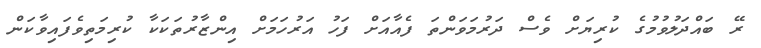
ރޭ ބައްދަލުވުމުގެ ކުރިޔަށް ވެސް ދަރުމަވަންތަ ފެއާއަށް ފަހު އަރުހަމަށް އިންޒާރުތަކަކާ ކުރިމަތިވެފައިވާކަން